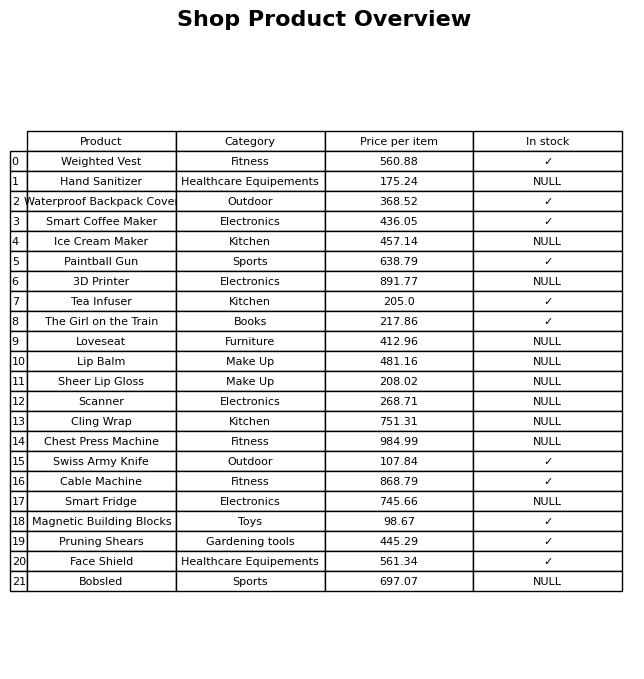
question: What is the price of the Cling Wrap?
answer: The price of Cling Wrap is 751.31.